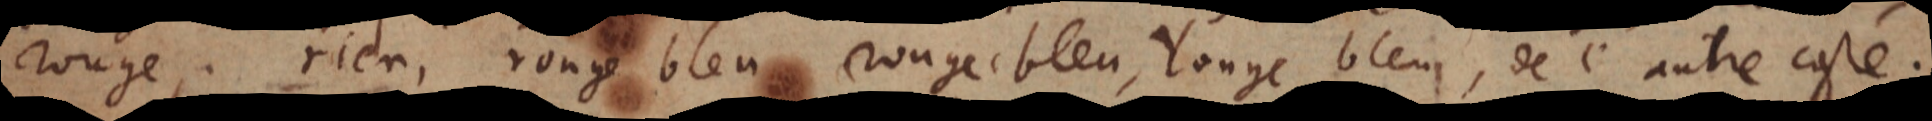
rouge; rien, rouge bleu, rouge bleu, rouge bleu, de l’autre costé.